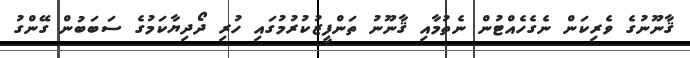
ޤާނޫނުގެ ވެރިކަން ނެގެހެއްޓުން ނެތުމާއި ޤާނޫނު ތަންފީޒުކުރުމުގައި ހުރި ދޯދިޔާކަމުގެ ސަބަބުން ގޭންގު